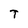
Character: T